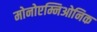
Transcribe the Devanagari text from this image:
मोनोएम्निओनिक